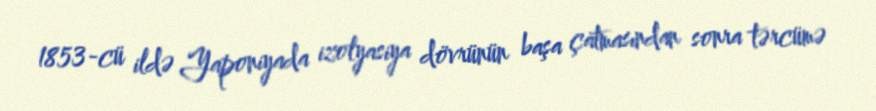
1853-cü ildə Yaponiyada izolyasiya dövrünün başa çatmasından sonra tərcümə